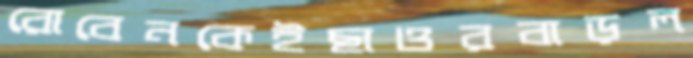
রোবেনকেইছাওরবাড়ল